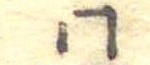
同